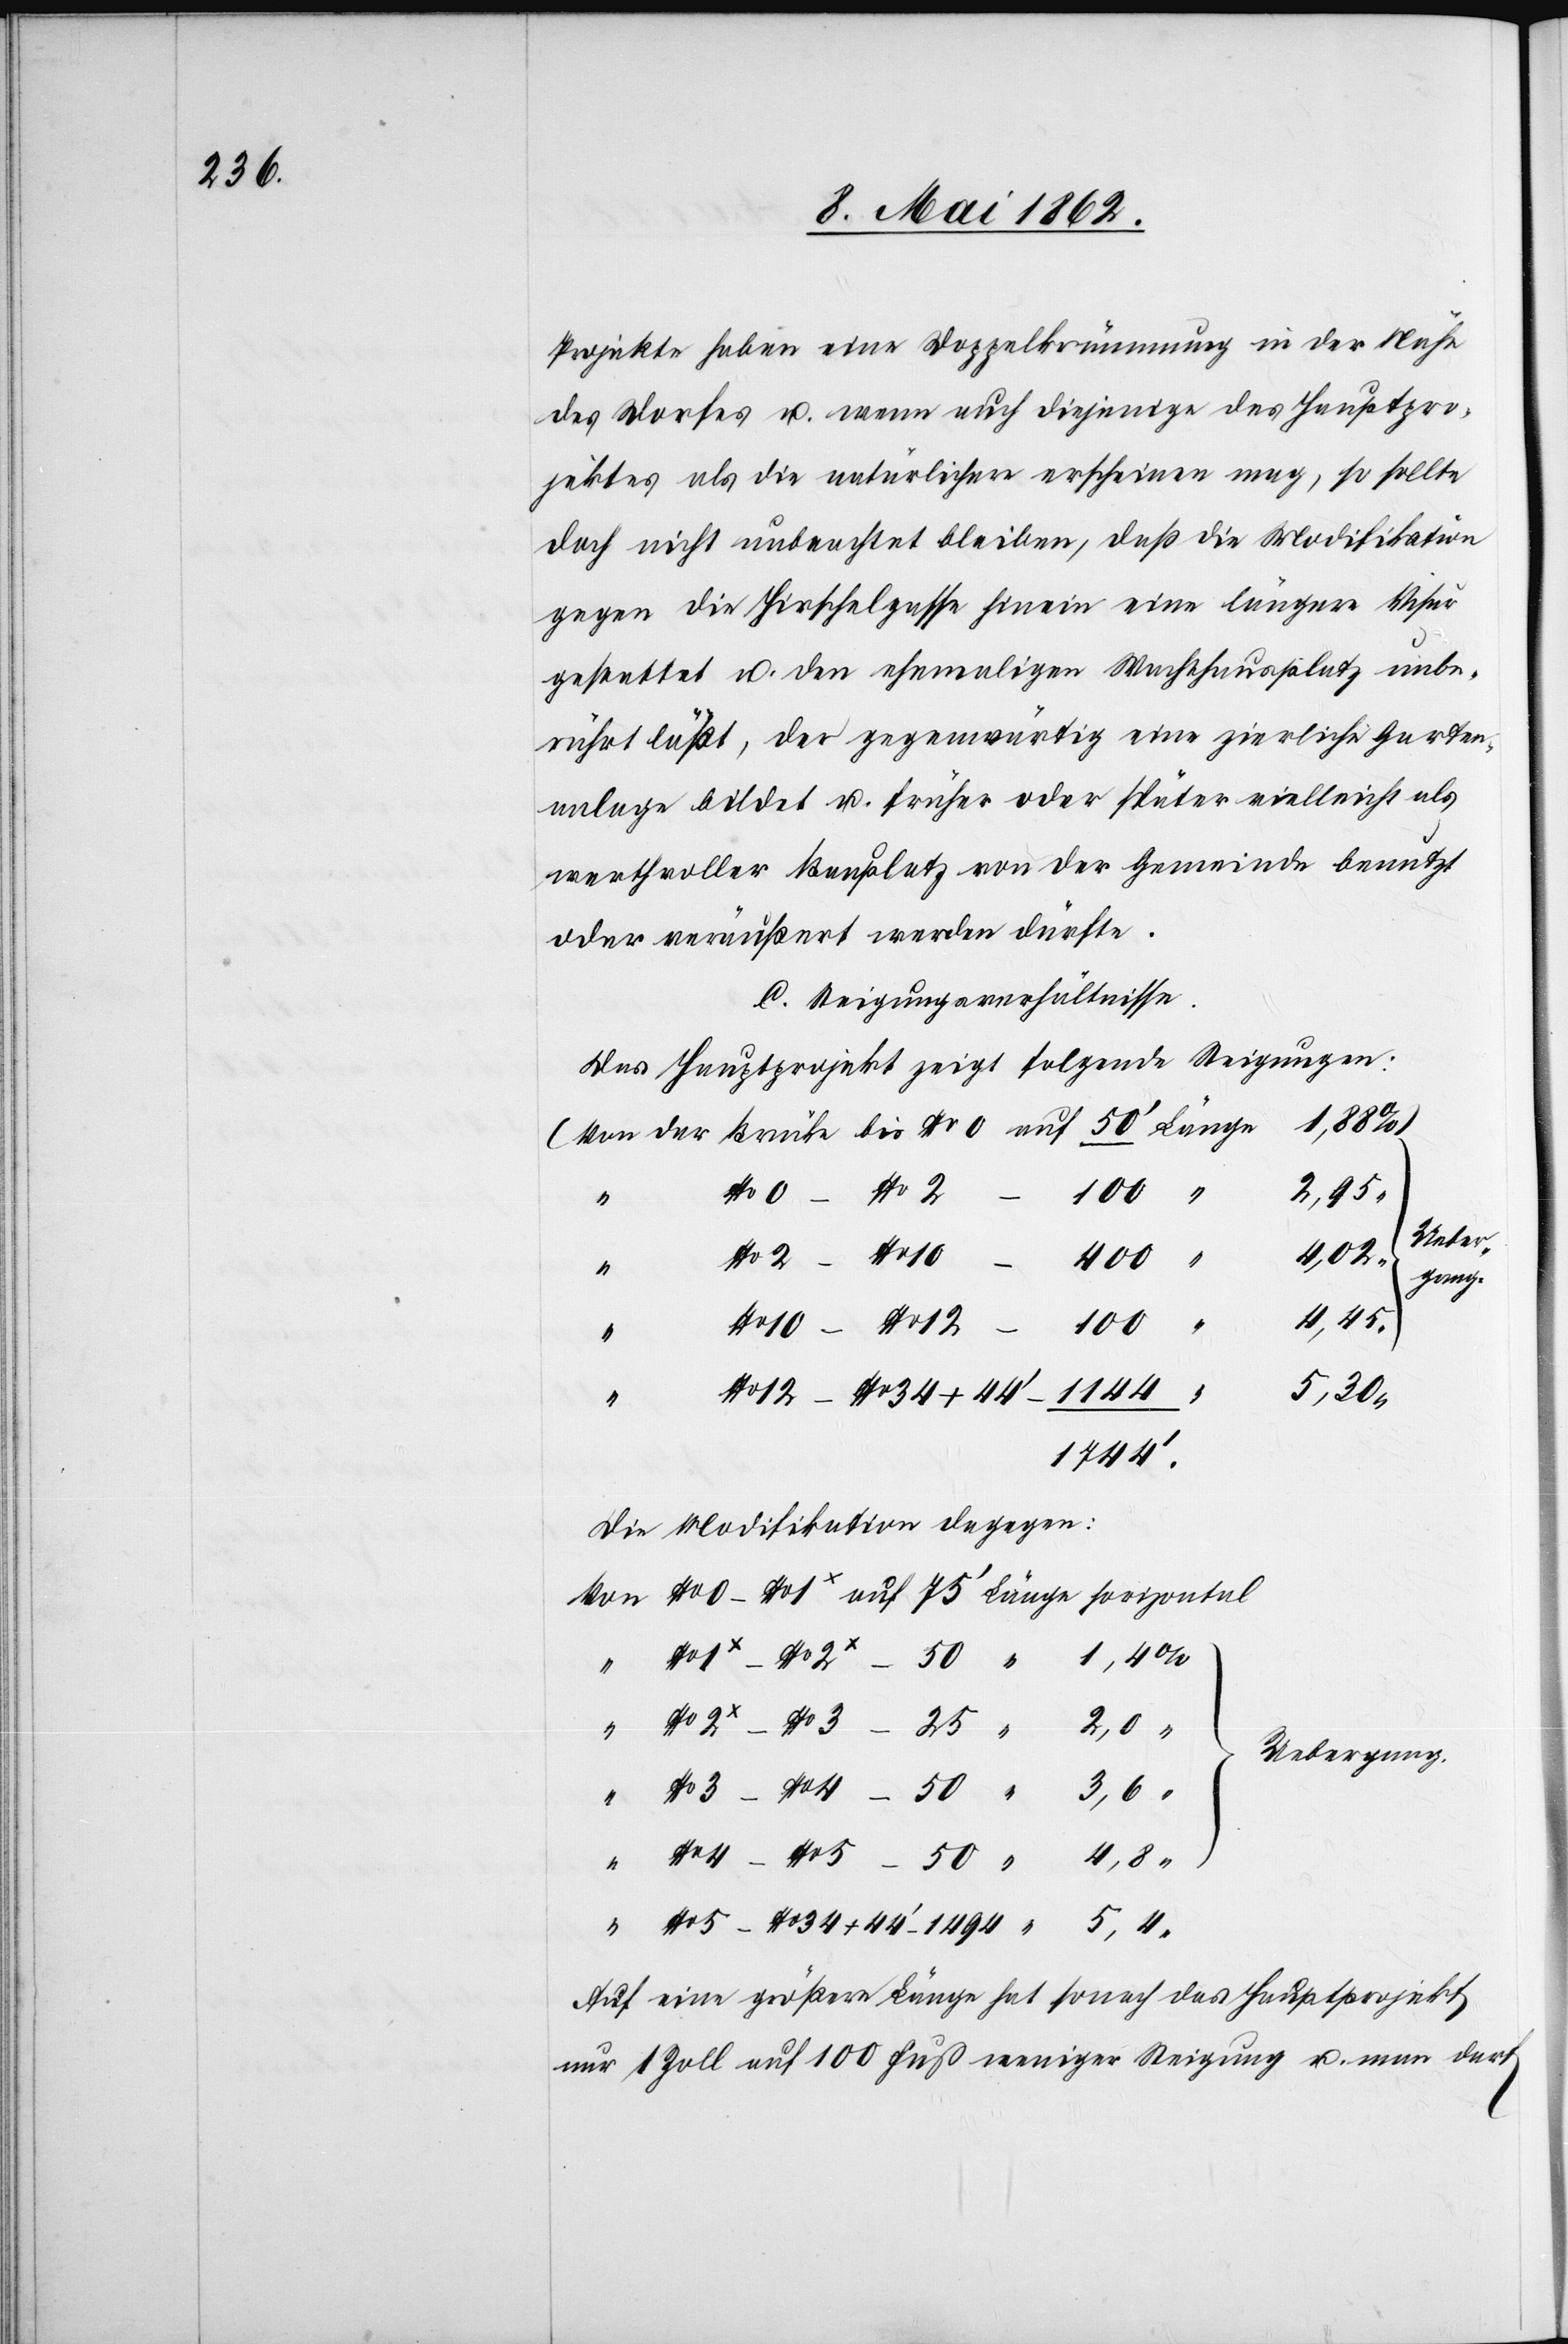
Projekte haben eine Doppelkrümmung in der Nähe
des Dorfes u. wenn auch diejenige des Hauspro¬
jektes als die natürlichen erscheinen mag, so sollte
doch nicht unbeachtet bleiben, daß die Modifikation
gegen die Hirschelgasse hinein eine längere Visur
gestattet u. den ehemaligen Wachthausplatz unbe¬
rührt läßt, der gegenwärtig eine zierliche Garten¬
anlage bildet u. früher oder später vielleicht als
werthvoller Bauplatz von der Gemeinde benutzt
oder veräußert werden dürfte.
C. Steigungsverhältnisse.
Das Hauptprojekt zeigt folgende Steigungen:
1,88%
“
No. 12
100
4
“
Unter¬
+
1494
Länge
4,45
100
1744’
5,30
50
5
34
Die Modifikation dagegen:
Uebergang.
Auf eine größere Länge hat sonach das Hauptprojekt
nur 1 Zoll auf 100 Fuß weniger Steigung u. man darf